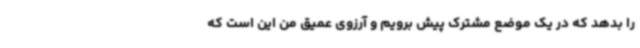
را بدهد که در یک موضع مشترک پیش برویم و آرزوی عمیق من این است که